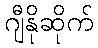
ဂျီနိုဆိုက်